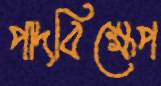
পাদবিক্ষেপ